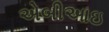
એબીઆઇ